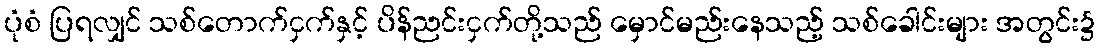
ပုံစံ ပြရလျှင် သစ်တောက်ငှက်နှင့် ပိန်ညင်းငှက်တို့သည် မှောင်မည်းနေသည့် သစ်ခေါင်းများ အတွင်း၌